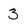
Character: 3